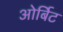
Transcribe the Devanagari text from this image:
ओर्बिट